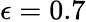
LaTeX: \epsilon=0.7